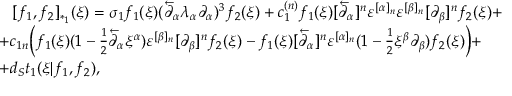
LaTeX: \begin{array} { l } { { \, \, \, \, \, [ f _ { 1 } , f _ { 2 } ] _ { * _ { 1 } } ( \xi ) = \sigma _ { 1 } f _ { 1 } ( \xi ) ( \overleftarrow \partial _ { \alpha } \lambda _ { \alpha } \partial _ { \alpha } ) ^ { 3 } f _ { 2 } ( \xi ) + c _ { 1 } ^ { ( n ) } f _ { 1 } ( \xi ) [ \overleftarrow \partial _ { \alpha } ] ^ { n } \varepsilon ^ { [ \alpha ] _ { n } } \varepsilon ^ { [ \beta ] _ { n } } [ \partial _ { \beta } ] ^ { n } f _ { 2 } ( \xi ) + } } \\ { { + c _ { 1 n } \biggl ( f _ { 1 } ( \xi ) ( 1 - { \frac { 1 } { 2 } } \overleftarrow \partial _ { \alpha } \xi ^ { \alpha } ) \varepsilon ^ { [ \beta ] _ { n } } [ \partial _ { \beta } ] ^ { n } f _ { 2 } ( \xi ) - f _ { 1 } ( \xi ) [ \overleftarrow \partial _ { \alpha } ] ^ { n } \varepsilon ^ { [ \alpha ] _ { n } } ( 1 - { \frac { 1 } { 2 } } \xi ^ { \beta } \partial _ { \beta } ) f _ { 2 } ( \xi ) \biggr ) + } } \\ { { + d _ { S } t _ { 1 } ( \xi | f _ { 1 } , f _ { 2 } ) , } } \end{array}